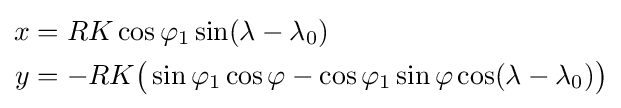
{\begin{aligned}x&=RK\cos \varphi _{1}\sin(\lambda -\lambda _{0})\\y&=-RK{\big (}\sin \varphi _{1}\cos \varphi -\cos \varphi _{1}\sin \varphi \cos(\lambda -\lambda _{0}){\big )}\end{aligned}}